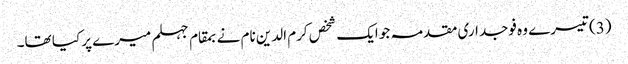
(3) تیسرے وہ فوجداری مقدمہ جو ایک شخص کرم الدین نام نے بمقام جہلم میرے پر کیا تھا۔